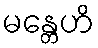
မန္တေဟိ